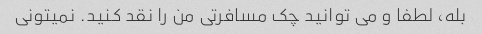
بله، لطفا و می توانید چک مسافرتی من را نقد کنید. نمیتونی